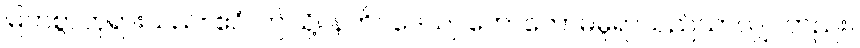
မြတ်စွာဘုရားသည်။ ဧဝံ၊ ဤသို့။ နဟိဝဒေယျ၊ ဟောတော်မမူရာသည်သာလျှင်တည်း။